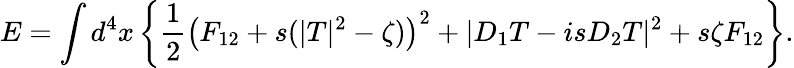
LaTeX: E=\int d^{4}x\left\{ \frac 12\left(F_{12}+s(|T|^{2}-\zeta)\right)^{2}+|D_{1}T-isD_{2}T|^{2}+s\zeta F_{12}\right\} .